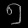
Digit: ၅